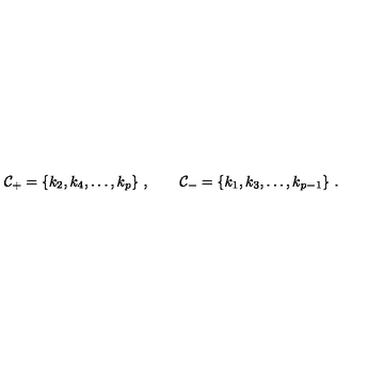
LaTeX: { \cal C } _ { + } = \{ k _ { 2 } , k _ { 4 } , \ldots , k _ { p } \} \ , \qquad { \cal C } _ { - } = \{ k _ { 1 } , k _ { 3 } , \ldots , k _ { p - 1 } \} \ .